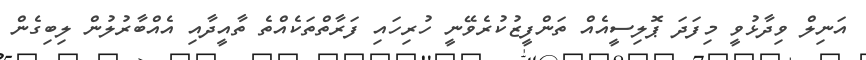
އަނިލް ވިދާޅުވީ މިފަދަ ޕޮލިސީއެއް ތަންފީޒުކުރެވޭނީ ހުރިހައި ފަރާތްތަކެއްތެ ތާއީދާއި އެއްބާރުލުން ލިބިގެން